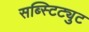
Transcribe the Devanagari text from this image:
सब्स्टिट्युट